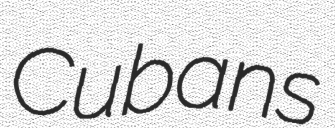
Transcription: Cubans